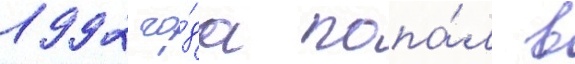
1992 го́да попа́л в